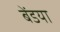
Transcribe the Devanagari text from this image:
बेंडया